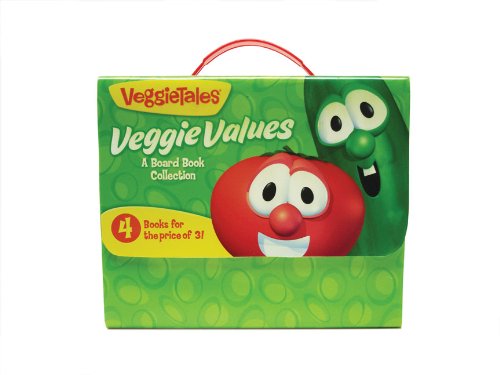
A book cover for VeggieTales Veggie Values: A Board Book Collection (Big Idea Books); Zondervan; Children's Books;